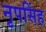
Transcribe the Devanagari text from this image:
नृपसिंह